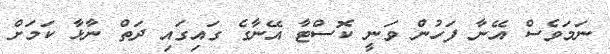
ނަމަވެސް އޭނާ ފަހުން ވަނީ ކޮސްޓާ އޭނާގެ ގައިގައި ދަތް ނާޅާ ކަމަށް